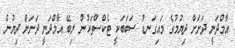
އާމްދަނީ ދަށަށް ދިޔުމުގެ މައިގަނޑު ސަބަބަކީ ޓެކްސްތަކުން ލިބޭ އާމްދަނީ ދަށަށް ދިޔުން